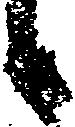
候